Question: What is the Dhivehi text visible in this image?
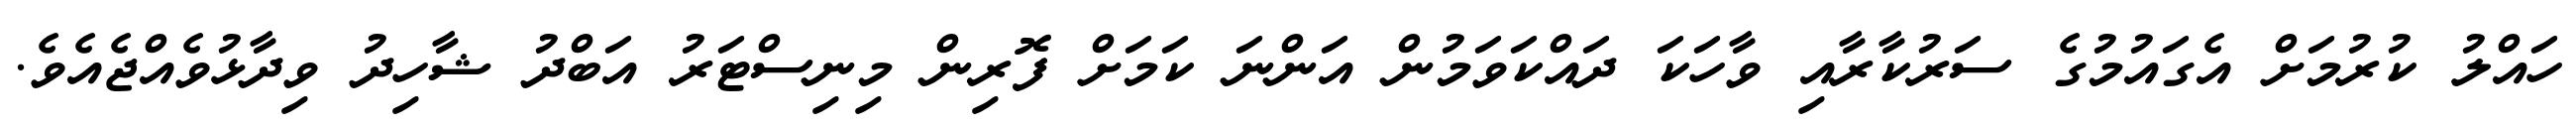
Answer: ހައްލު ކުރުމަށް އެގައުމުގެ ސަރުކާރާއި ވާހަކަ ދައްކަވަމުން އަންނަ ކަމަށް ފޮރިން މިނިސްޓަރު އަބްދު ޝާހިދު ވިދާޅުވެއްޖެއެވެ.